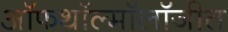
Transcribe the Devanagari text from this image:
ऑफथॉल्मॉलॉजीत